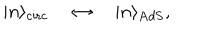
| n \rangle _ { \mathrm { c i r c } } \quad \leftrightarrow \quad | n \rangle _ { \mathrm { A d S } } ,